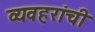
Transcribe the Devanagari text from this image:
व्यवहरांची